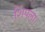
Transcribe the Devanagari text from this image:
शिंपला